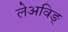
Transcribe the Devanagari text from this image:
लेअविङ्